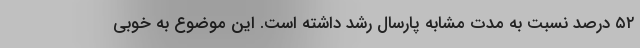
۵۲ درصد نسبت به مدت مشابه پارسال رشد داشته است. این موضوع به خوبی